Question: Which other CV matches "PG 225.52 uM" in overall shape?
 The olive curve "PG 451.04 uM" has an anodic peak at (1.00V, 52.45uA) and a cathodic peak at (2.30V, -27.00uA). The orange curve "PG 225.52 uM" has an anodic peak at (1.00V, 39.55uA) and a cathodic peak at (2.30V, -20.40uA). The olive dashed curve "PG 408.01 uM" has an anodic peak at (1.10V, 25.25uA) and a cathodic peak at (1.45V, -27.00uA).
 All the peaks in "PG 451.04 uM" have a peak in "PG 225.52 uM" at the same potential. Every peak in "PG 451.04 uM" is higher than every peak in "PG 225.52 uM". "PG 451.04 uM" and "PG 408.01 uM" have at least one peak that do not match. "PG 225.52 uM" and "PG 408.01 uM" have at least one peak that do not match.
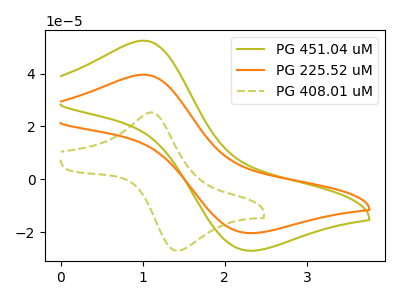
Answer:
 <answer>The CV with the most similar shape to "PG 451.04 uM" is "PG 225.52 uM".</answer>
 <eval>"PG 225.52 uM"</eval>